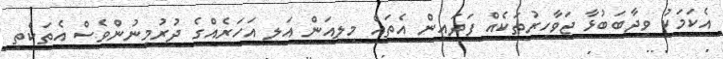
އެކަމަކު ވިދާބަބުޅާ ޖަވާހިރުތަކެއް ފަދައިން އެތައް މިލިއަން އަލި އަހަރެއްގެ ދުރުމިނުންވެސް އެތަކެތި